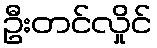
ဦးတင်လှိုင်